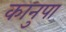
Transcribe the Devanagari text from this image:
कानुपा